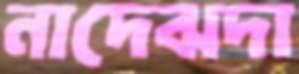
নাদেঝদা